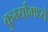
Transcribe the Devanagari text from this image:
कुर्म्यामध्ये